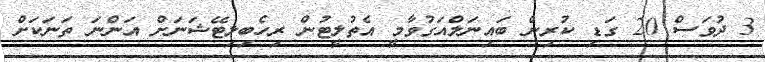
3 ދުވަސް 20 ގަޑި ކުރިން ބައިނަލްއަގުވާމީ އެތުލީޓުން ރިހެބިލިޓޭޝަނަށް އަންނަ ތަނަކަށް